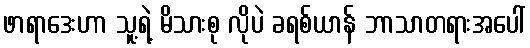
ဖာရာဒေးဟာ သူ့ရဲ့ မိသားစု လိုပဲ ခရစ်ယာန် ဘာသာတရားအပေါ်